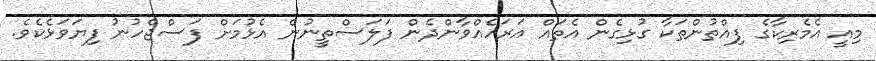
މިއީ އެމެރިކާގެ ފިއްތުންތަކާ ގުޅިގެން އެތައް އަރަހެއްވާންދެން ފަލަސްތީނުން އެޅުމަށް ފަސްޖެހުނު ފިޔަވަޅެކެވެ.